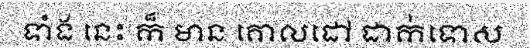
ទាំង នេះ ក៏ មាន គោលដៅ ដាក់ទោស